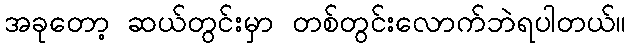
အခုတော့ ဆယ်တွင်းမှာ တစ်တွင်းလောက်ဘဲရပါတယ်။